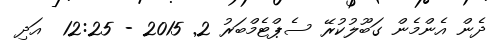
ދެން އެންމެން ގަބޫލުކުރޭ ސެޕްޓެމްބަރު 2